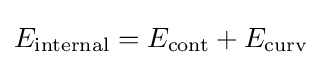
E_{\text{internal}}=E_{\text{cont}}+E_{\text{curv}}